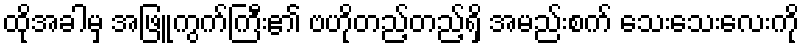
ထိုအခါမှ အဖြူကွက်ကြီး၏ ဗဟိုတည့်တည့်ရှိ အမည်းစက် သေးသေးလေးကို